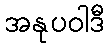
အနုပဝါဒီ